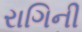
રાગિની